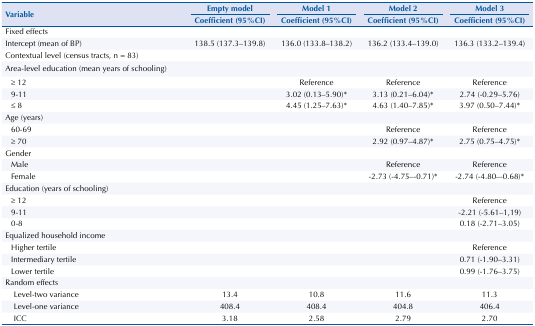
| <ROWSPAN=3> Variable | Empty model | Model 1 | Model 2 | Model 3 |
 | Coefficient (95%CI) | Coefficient (95%CI) | Coefficient (95%CI) | Coefficient (95%CI) |
 | --- | --- | --- | --- | --- |
 | Fixed effects |  |  |  |  |
 | Intercept (mean of BP) | 138.5 (137.3–139.8) | 136.0 (133.8–138.2) | 136.2 (133.4–139.0) | 136.3 (133.2–139.4) |
 | Contextual level (census tracts, n = 83) |  |  |  |  |
 | Area-level education (mean years of schooling) |  |  |  |  |
 | ≥ 12 |  | Reference | Reference | Reference |
 | 9-11 |  | 3.02 (0.13–5.90)* | 3.13 (0.21–6.04)* | 2.74 (-0.29–5.76) |
 | ≤ 8 |  | 4.45 (1.25–7.63)* | 4.63 (1.40–7.85)* | 3.97 (0.50–7.44)* |
 | Age (years) |  |  |  |  |
 | 60-69 |  |  | Reference | Reference |
 | ≥ 70 |  |  | 2.92 (0.97–4.87)* | 2.75 (0.75–4.75)* |
 | Gender |  |  |  |  |
 | Male |  |  | Reference | Reference |
 | Female |  |  | -2.73 (-4.75–-0.71)* | -2.74 (-4.80–-0.68)* |
 | Education (years of schooling) |  |  |  |  |
 | ≥ 12 |  |  |  | Reference |
 | 9-11 |  |  |  | -2.21 (-5.61–1,19) |
 | 0-8 |  |  |  | 0.18 (-2.71–3.05) |
 | Equalized household income |  |  |  |  |
 | Higher tertile |  |  |  | Reference |
 | Intermediary tertile |  |  |  | 0.71 (-1.90–3.31) |
 | Lower tertile |  |  |  | 0.99 (-1.76–3.75) |
 | Random effects |  |  |  |  |
 | Level-two variance | 13.4 | 10.8 | 11.6 | 11.3 |
 | Level-one variance | 408.4 | 408.4 | 404.8 | 406.4 |
 | ICC | 3.18 | 2.58 | 2.79 | 2.70 |